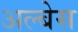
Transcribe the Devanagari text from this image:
अल्बेस